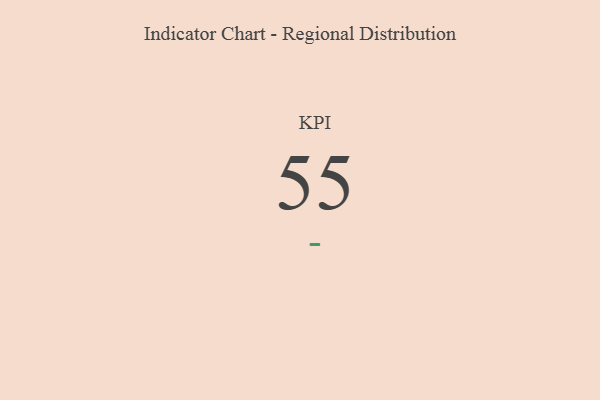
{"axis": {"x": "KPI", "y": "Value"}, "legend": [""], "data": [{"x": "KPI", "y": 55, "type": ""}]}